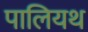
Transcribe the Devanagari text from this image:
पालियथ